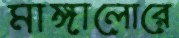
মাঙ্গালোরে